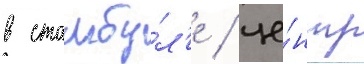
в стамбу́л'е / це́нтр